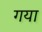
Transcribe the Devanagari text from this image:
गया